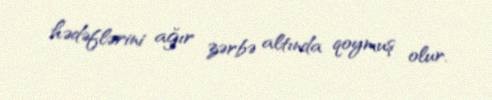
hədəflərini ağır zərbə altında qoymuş olur.